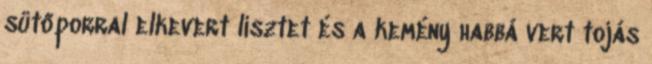
sütőporral elkevert lisztet és a kemény habbá vert tojás